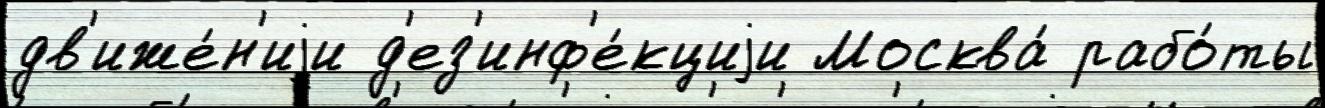
дв'иже́н'иjи д'ез'инф'е́кциjи Москва́ рабо́ты